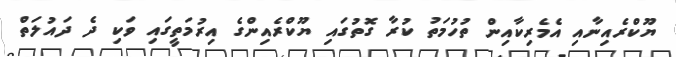
ޔޫކްރެއިނާއި އެމެރިކާއިން ތުހުމަތު ކުރާ ގޮތުގައި ޔޫކްރެއިންގެ އިރުމަތީގައި ވަކި ދެ ދައުލަތް